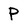
Character: P